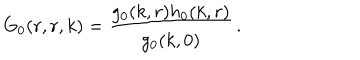
G _ { 0 } ( r , r , k ) = \frac { g _ { 0 } ( k , r ) h _ { 0 } ( k , r ) } { g _ { 0 } ( k , 0 ) } \, .